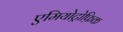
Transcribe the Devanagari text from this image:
एमियोट्रोफ़िक